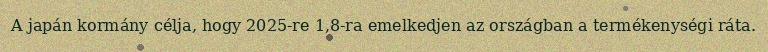
A japán kormány célja, hogy 2025-re 1,8-ra emelkedjen az országban a termékenységi ráta.